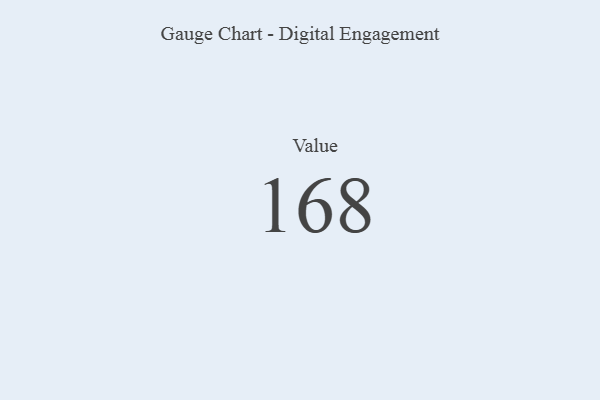
{"axis": {"x": "Metric", "y": "Value"}, "legend": [""], "data": [{"x": "Value", "y": 168, "type": ""}]}